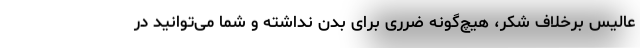
عالیس برخلاف شکر، هیچ‌گونه ضرری برای بدن نداشته و شما می‌توانید در